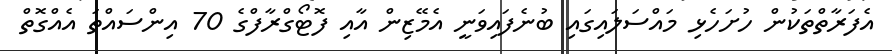
އެފަރާތްތަކުން ހުށަހެޅި މައްސަލައިގައި ބުނެފައިވަނީ އެމޭޒިން އާއި ފޮޓޯގްރާފްގެ 70 އިންސައްތަ އެއްގޮތް